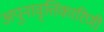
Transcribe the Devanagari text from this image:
अपुनावृत्तिकारिणी